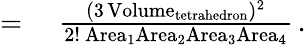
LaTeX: \begin{array}{rl}{={}}&{{}{\frac{(3\operatorname{Volume}_{\mathrm{tetrahedron}})^{2}}{2!~\mathrm{Area}_{1}\mathrm{Area}_{2}\mathrm{Area}_{3}\mathrm{Area}_{4}}}\, .}\end{array}